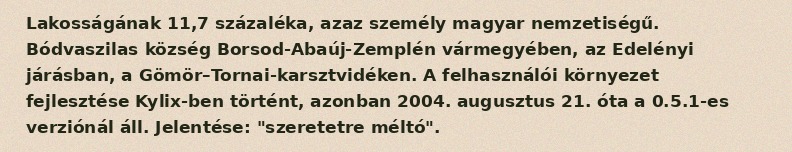
Lakosságának 11,7 százaléka, azaz személy magyar nemzetiségű. Bódvaszilas község Borsod-Abaúj-Zemplén vármegyében, az Edelényi járásban, a Gömör–Tornai-karsztvidéken. A felhasználói környezet fejlesztése Kylix-ben történt, azonban 2004. augusztus 21. óta a 0.5.1-es verziónál áll. Jelentése: "szeretetre méltó".